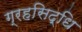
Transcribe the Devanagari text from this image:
ग्रहसिद्धि